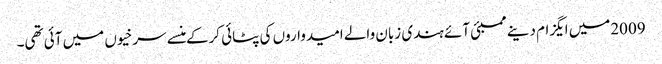
2009میں ایگزام دینے ممبئی آئے ہندی زبان والے امیدواروں کی پٹائی کرکے منسے سرخیوں میں آئی تھی۔